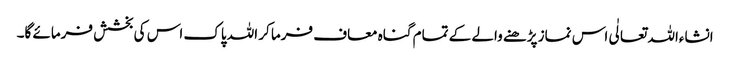
انشاءاللہ تعالٰی اس نماز پڑھنے والے کے تمام گناہ معاف فرما کر اللہ پاک اس کی بخشش فرمائے گا۔